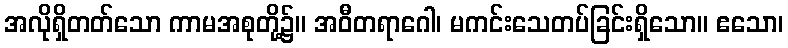
အလိုရှိတတ်သော ကာမအစုတို့၌။ အဝီတရာဂေါ၊ မကင်းသေတပ်ခြင်းရှိသော။ ဧသော၊